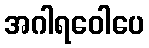
အဂါရဝေါပေ